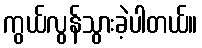
ကွယ်လွန်သွားခဲ့ပါတယ်။